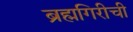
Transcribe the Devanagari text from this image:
ब्रह्मगिरीची